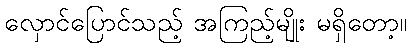
လှောင်ပြောင်သည့် အကြည့်မျိုး မရှိတော့။